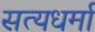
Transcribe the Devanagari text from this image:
सत्यधर्मा